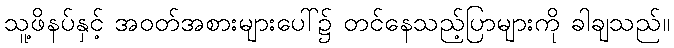
သူ့ဖိနပ်နှင့် အဝတ်အစားများပေါ်၌ တင်နေသည့်ပြာများကို ခါချသည်။